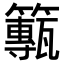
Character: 𥶸